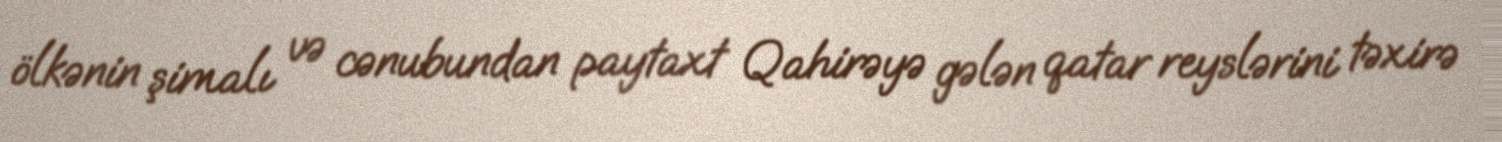
ölkənin şimalı və cənubundan paytaxt Qahirəyə gələn qatar reyslərini təxirə